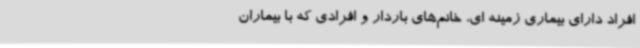
افراد دارای بیماری زمینه ای، خانم‌های باردار و افرادی که با بیماران